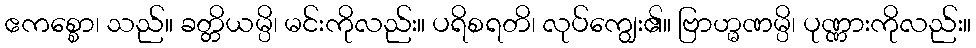
ဧကစ္စော၊ သည်။ ခတ္တိယမ္ပိ၊ မင်းကိုလည်း။ ပရိစရတိ၊ လုပ်ကျွေး၏။ ဗြာဟ္မဏမ္ပိ၊ ပုဏ္ဏားကိုလည်း။